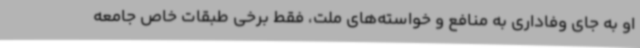
او به جای وفاداری به منافع و خواسته‌های ملت، فقط برخی طبقات خاص جامعه